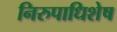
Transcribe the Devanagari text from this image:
निरुपाधिशेष